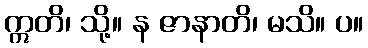
ဣတိ၊ သို့။ န ဇာနာတိ၊ မသိ။ ပ။